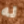
له